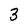
Character: 3